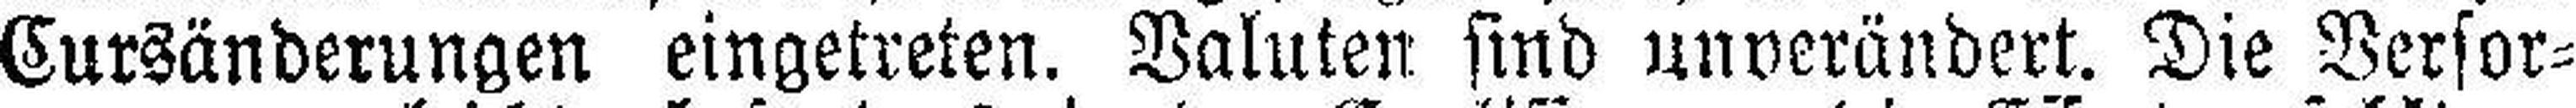
Cursänderungen eingetreten. Valuten sind unverändert. Die Versor¬